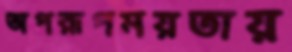
অপরূপময়তায়